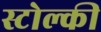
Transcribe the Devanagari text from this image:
स्टोल्की